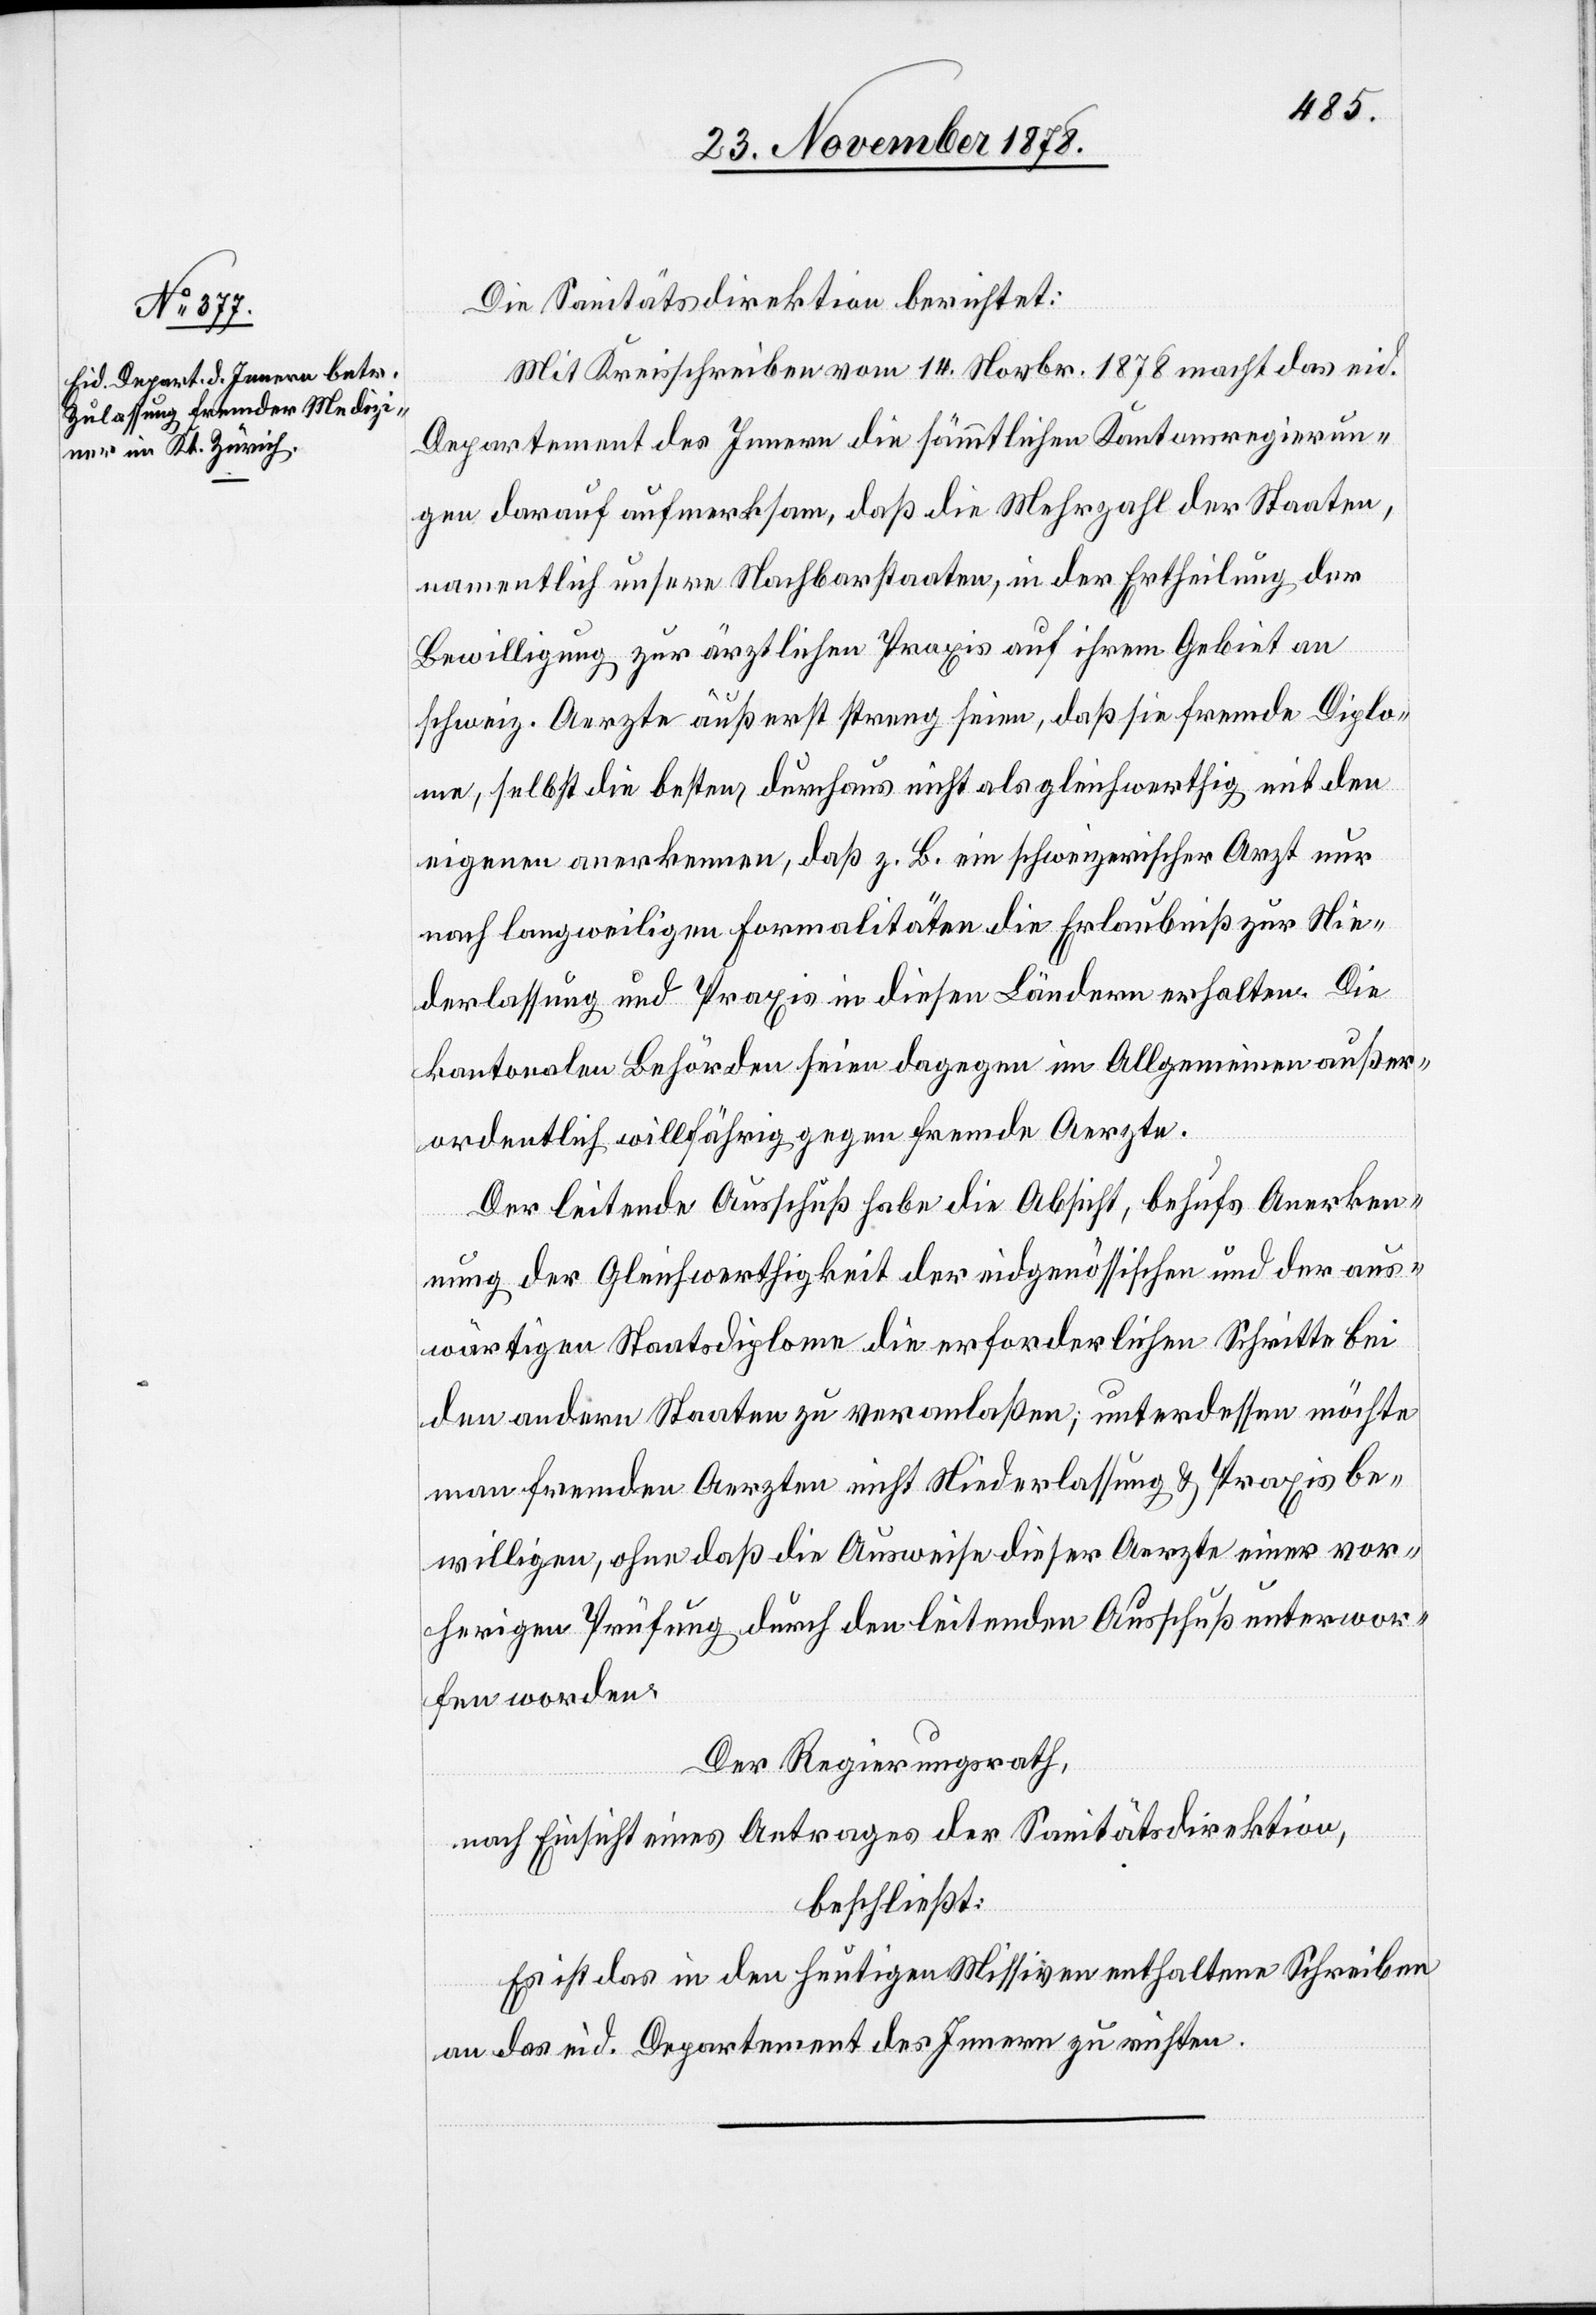
Die Sanitätsdirektion berichtet:
Mit Kreisschreiben vom 14. Novbr. 1878 macht das eid.
Departement des Innern die sämmtlichen Kantonsregierun¬
gen darauf aufmerksam, daß die Mehrzahl der Staaten,
namentlich unsere Nachbarstaaten, in der Ertheilung der
Bewilligung zur ärztlichen Praxis auf ihrem Gebiet an
schweiz. Aerzte äußerst streng seien, daß sie fremde Diplo¬
me, selbst die besten, durchaus nicht als gleichwerthig mit den
eigenen anerkennen, daß z. B. ein schweizerischer Arzt nur
nach langweiligen Formalitäten die Erlaubniß zur Nie¬
derlassung und Praxis in diesen Ländern erhalten.
kantonalen Behörden seien dagegen im Allgemeinen außer¬
ordentlich willfährig gegen fremde Aerzte.
Der leitende Ausschuß habe die Absicht, behufs Anerken¬
nung der Gleichwerthigkeit der eidgenössischen und der aus¬
wärtigen Staatsdiplome die erforderlichen Schritte bei
den andern Staaten zu veranlaßen, unterdessen möchte
man fremden Aerzten nicht Niederlassung & Praxis be¬
willigen, ohne daß die Ausweise dieser Aerzte einer vor¬
herigen Prüfung durch den leitenden Ausschuß unterwor¬
fen worden.
Der Regierungsrath,
nach Einsicht eines Antrages der Sanitätsdirektion,
beschließt:
Es ist das in den heutigen Missiven enthaltene Schreiben
an das eid. Departement des Innern zu richten.